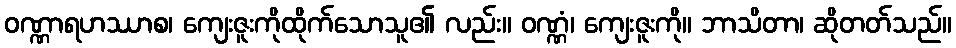
ဝဏ္ဏာရဟဿာစ၊ ကျေးဇူးကိုထိုက်သောသူ၏ လည်း။ ဝဏ္ဏံ၊ ကျေးဇူးကို။ ဘာသိတာ၊ ဆိုတတ်သည်။